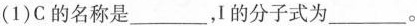
(1)C的名称是___，I的分子式为___。